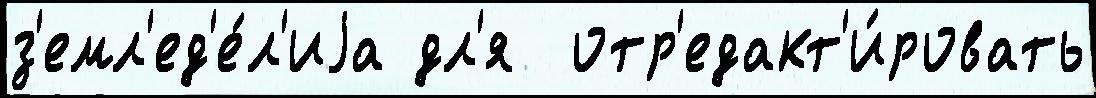
з'емл'ед'е́л'иjа дл'я  отр'едакт'и́ровать